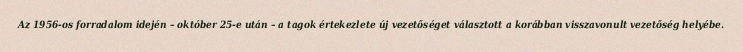
Az 1956-os forradalom idején – október 25-e után – a tagok értekezlete új vezetőséget választott a korábban visszavonult vezetőség helyébe.